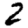
Digit: 2